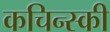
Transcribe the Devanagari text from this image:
कचिन्स्की